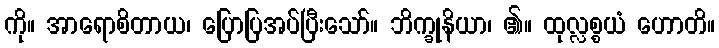
ကို။ အာရောစိတာယ၊ ပြောပြအပ်ပြီးသော်။ ဘိက္ခုနိယာ၊ ၏။ ထုလ္လစ္စယံ ဟောတိ။